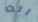
انت